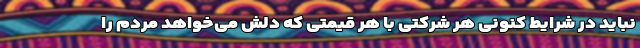
نباید در شرایط کنونی هر شرکتی با هر قیمتی که دلش می‌خواهد مردم را